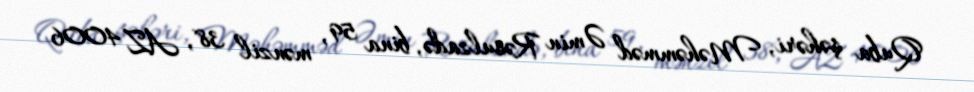
Quba şəhəri, Məhəmməd Əmin Rəsulzadə, bina 59, mənzil 38, AZ 4006